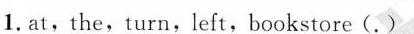
1. at,the,turn,left,bookstore( . )